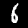
Label: 6